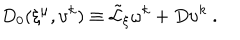
LaTeX: D _ { 0 } ( \xi ^ { \mu } , \upsilon ^ { k } ) \equiv { \tilde { \cal L } } _ { \xi } \omega ^ { k } + D \upsilon ^ { k } \ .